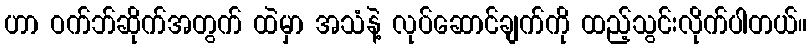
ဟာ ဝက်ဘ်ဆိုက်အတွက် ထဲမှာ အသံနဲ့ လုပ်ဆောင်ချက်ကို ထည့်သွင်းလိုက်ပါတယ်။